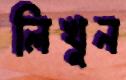
লিখুন